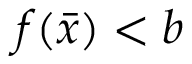
f ( { \bar { x } } ) < b